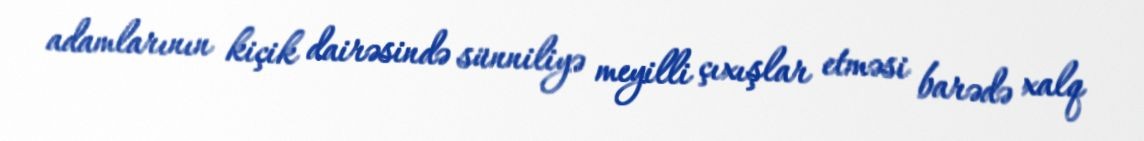
adamlarının kiçik dairəsində sünniliyə meyilli çıxışlar etməsi barədə xalq